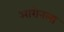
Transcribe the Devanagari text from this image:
आरोनला